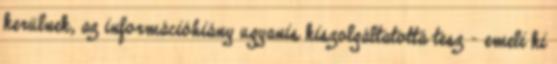
kerülnek, az információhiány ugyanis kiszolgáltatottá tesz – emeli ki